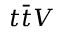
t \bar { t } V